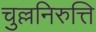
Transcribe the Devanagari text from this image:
चुल्लनिरुत्ति